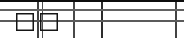
٩١